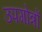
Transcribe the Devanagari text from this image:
उपगोत्रों